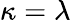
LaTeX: \kappa=\lambda